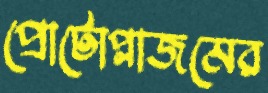
প্রোটোপ্লাজমের